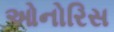
ઓનોરિસ